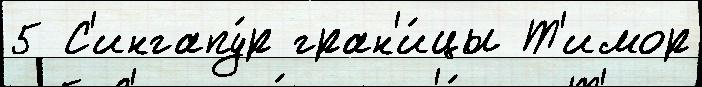
5 С'ингапу́р гран'и́цы Т'имор